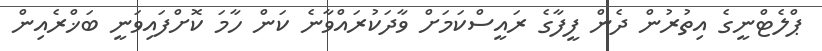
ޕްލެޓްނީގެ އިތުރުން ދެން ފީފާގެ ރައީސްކަމަށް ވާދަކުރައްވާނެ ކަން ހާމަ ކޮށްފައިވަނީ ބަޚްރެއިން